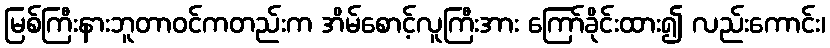
မြစ်ကြီးနားဘူတာဝင်ကတည်းက အိမ်စောင့်လူကြီးအား ကြော်ခိုင်းထား၍ လည်းကောင်း၊